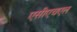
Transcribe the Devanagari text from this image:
एसीएचएल